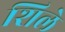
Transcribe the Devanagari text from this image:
शिले